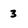
Character: 3